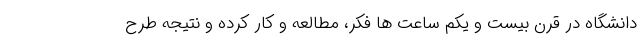
دانشگاه در قرن بیست و یکم ساعت ها فکر، مطالعه و کار کرده و نتیجه طرح